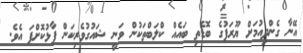
އޭނާ ގެންދިއުމަށް ޔޫރަޕުގެ ބޮޑެތި ބައެއް ކްލަބްތަކުން ވަނީ ޝައުގުވެރިކަން ފާޅުކޮށްފަ އެވެ.